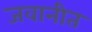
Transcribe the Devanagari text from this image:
जवानीत